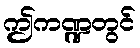
ဤကဏ္ဍတွင်